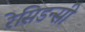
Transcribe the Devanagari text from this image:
रेसिडन्सी